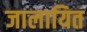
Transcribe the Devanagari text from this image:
जालायित